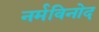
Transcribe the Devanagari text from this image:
नर्मविनोद